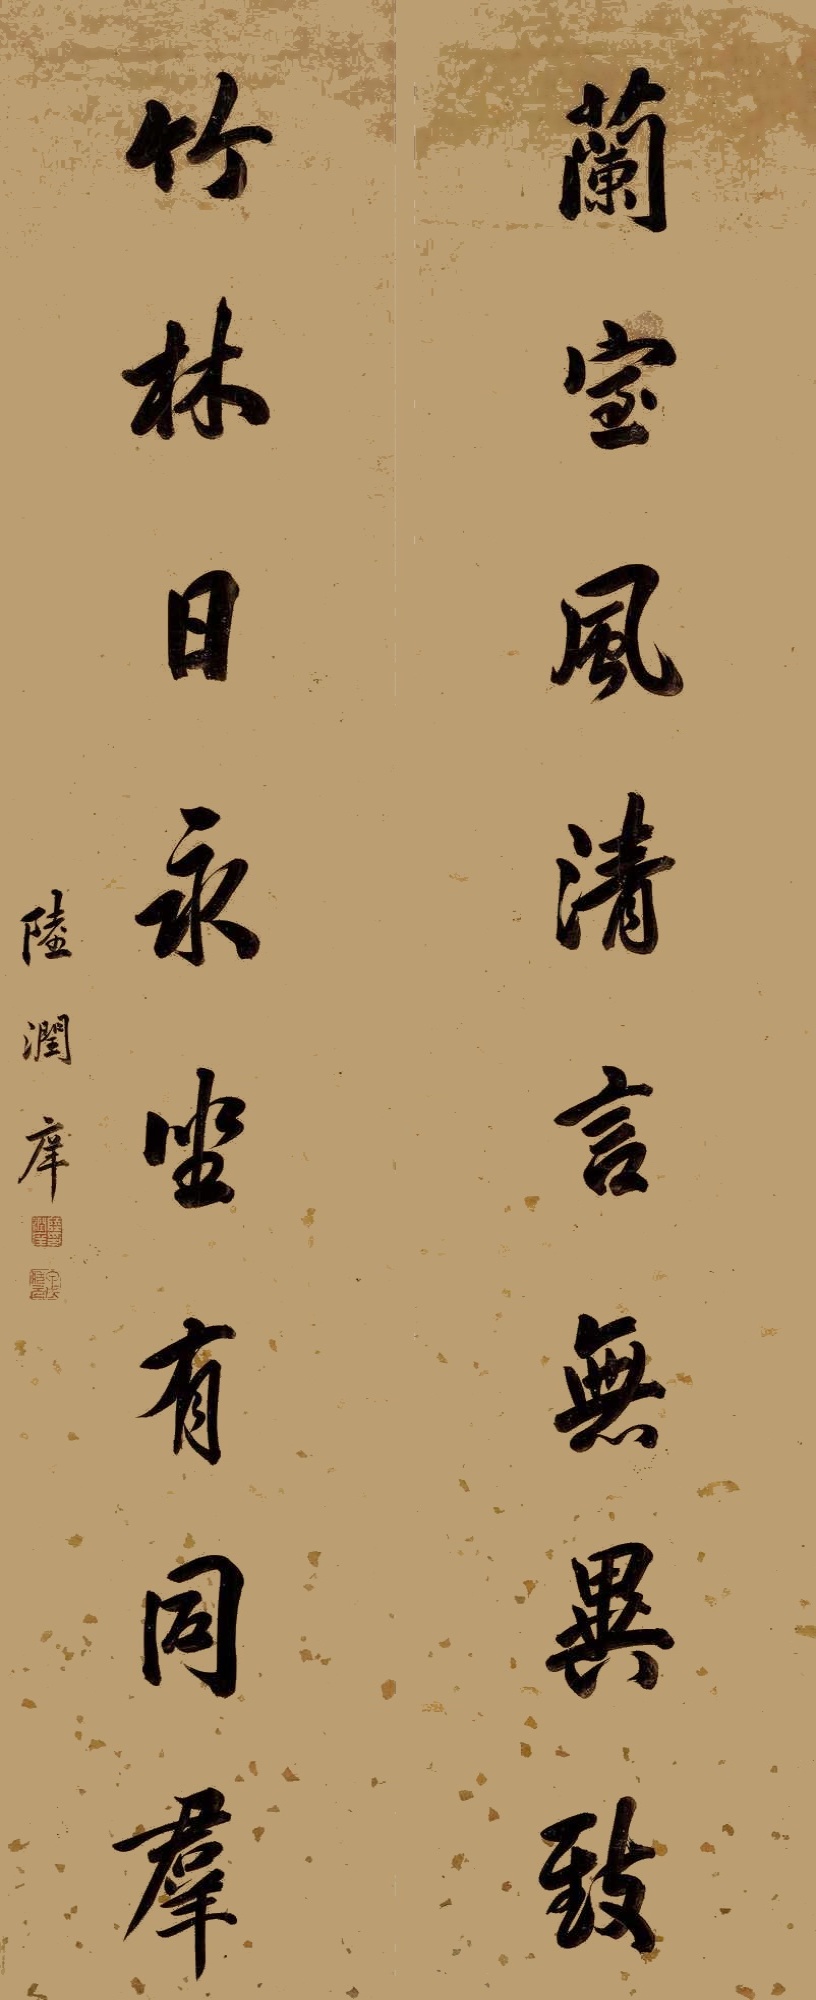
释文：兰室风清言无异致，竹林日永坐有同群。陆润庠。